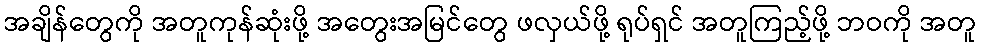
အချိန်တွေကို အတူကုန်ဆုံးဖို့ အတွေးအမြင်တွေ ဖလှယ်ဖို့ ရုပ်ရှင် အတူကြည့်ဖို့ ဘဝကို အတူ